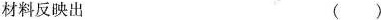
材料反映出 （）